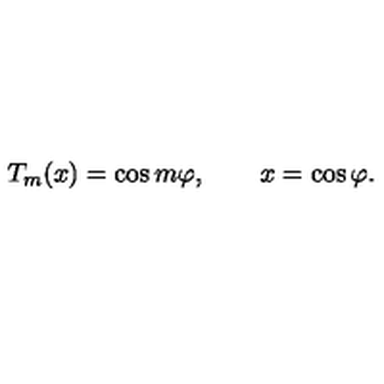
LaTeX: T _ { m } ( x ) = \cos m \varphi , \qquad x = \cos \varphi .